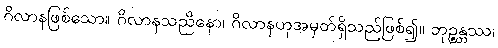
ဂိလာနဖြစ်သော။ ဂိလာနသညိနော၊ ဂိလာနဟုအမှတ်ရှိသည်ဖြစ်၍။ ဘုဉ္ဇန္တဿ၊